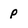
Character: P